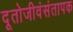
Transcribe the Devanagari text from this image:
दूतोजीवंसंतापक